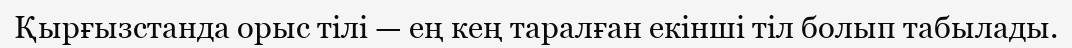
Қырғызстанда орыс тілі — ең кең таралған екінші тіл болып табылады.